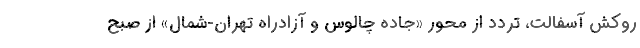
روکش آسفالت، تردد از محور «جاده‌ چالوس و آزادراه تهران-شمال» از صبح